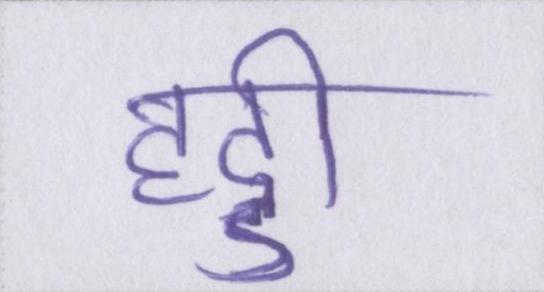
हड्डी